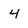
Character: 4